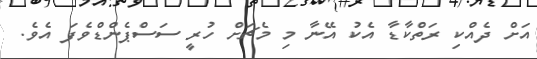
އަށް ދެއްކި ރަތްކާޑާ އެކު އޭނާ މި މެޗަށް ހުރީ ސަސްޕެންޑްވެފަ އެވެ.